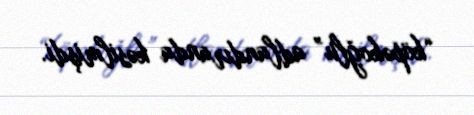
“köpəkoğlu” adlandıranda kəsilmişdi.